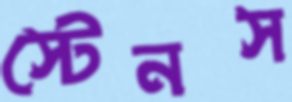
স্টেনস